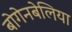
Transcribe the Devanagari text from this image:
बोगेनबेलिया